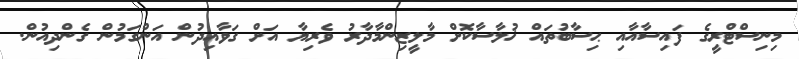
މިނިސްޓްރީގެ ފައިސާއާއި ޙިސާބުތައް ޚުލާސާކޮށް މާލީޒިންމާދާރު ވެރިޔާ އަށް ގަވާއިދުން އަންގަމުން ގެންދިއުން.